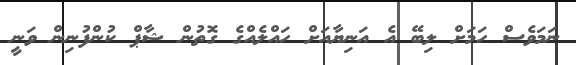
ނަމަވެސް ހަމަށް ލިބޭ އެ އަނިޔާއަށް ހައްލެއްގެ ގޮތުން ޝާޕް ކުންފުނިން ވަނީ